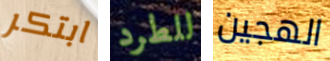
ابتكر للطرد الهجين